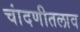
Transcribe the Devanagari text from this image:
चांदणीतलाव